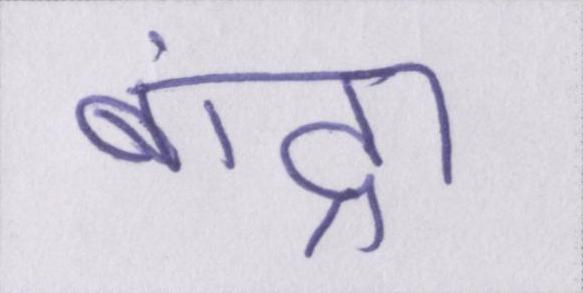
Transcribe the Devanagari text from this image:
बांद्रा